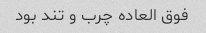
فوق العاده چرب و تند بود